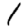
Digit: 1